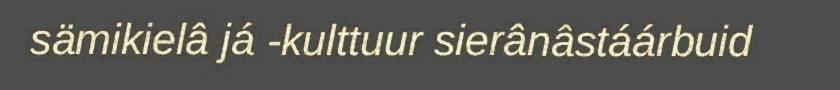
sämikielâ já -kulttuur sierânâstáárbuid